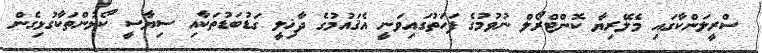
ސްރީލަންކާގައި މެލޭރިޔާ ކޮންޓްރޯލް ނުވުމުގެ ފަހަތުގައިވަނީ އެޤައުމުގެ ދާޚިލީ ގަޑުބަޑުތަކާއި ސިޔާސީ ކޯޅުންތަކާގުޅިގެން